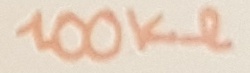
Text: 100KΩ